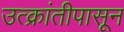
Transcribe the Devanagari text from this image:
उत्क्रांतीपासून